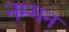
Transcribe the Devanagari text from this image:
नम्मन